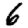
Digit: 6